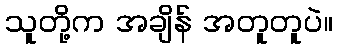
သူတို့က အချိန် အတူတူပဲ။